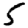
Digit: 5